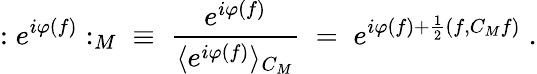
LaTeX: :e^{i\varphi(f)}:_{M}\; \; \equiv\; \frac{e^{i\varphi(f)}}{\langle e^{i\varphi(f)}\rangle_{C_{M}}}\; =\; e^{i\varphi(f)+\frac{1}{2}(f,C_{M}f)}\; .